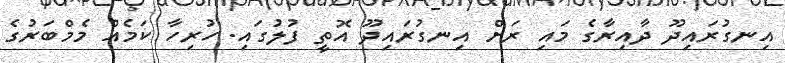
އިނގުރައިދޫ ދާއިރާގެ މައި ރަށް އިނގުރައިދޫ އޮތީ ފުލުގައި. ހުރިހާ ކަމެއް މެމްބަރުގެ